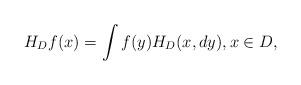
LaTeX: \begin{align*} H_Df(x)=\int f(y) H_D(x,dy),x\in D,\end{align*}